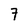
Character: 7